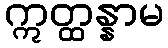
ဣတ္ထန္နာမ